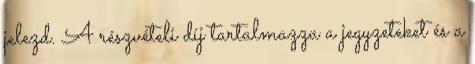
jelezd. A részvételi díj tartalmazza a jegyzeteket és a